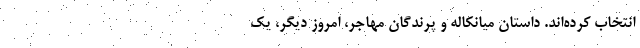
انتخاب کرده‌اند. داستان میانکاله و پرندگان مهاجر، امروز دیگر، یک